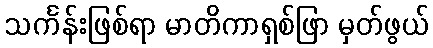
သင်္ကန်းဖြစ်ရာ မာတိကာရှစ်ဖြာ မှတ်ဖွယ်